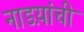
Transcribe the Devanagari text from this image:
नाडय़ांची